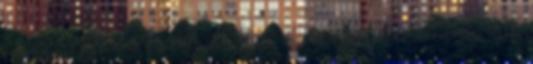
és több száz, a kommunizmus elleni harcban ismertté vált